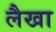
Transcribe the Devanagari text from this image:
लैखा